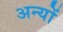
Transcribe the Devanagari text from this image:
अन्‍यों